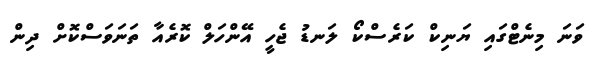
ވަނަ މިނެޓްގައި ޔަނިކް ކަރެސްކޯ ލަނޑު ޖެހީ އޭންހަލް ކޮރެއާ ތަނަވަސްކޮށް ދިން